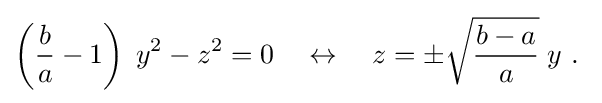
\left({\frac {b}{a}}-1\right)\;y^{2}-z^{2}=0\quad \leftrightarrow \quad z=\pm {\sqrt {\frac {b-a}{a}}}\;y\ .\